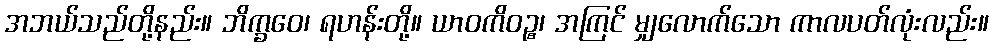
အဘယ်သည်တို့နည်း။ ဘိက္ခဝေ၊ ရဟန်းတို့။ ယာဝကိဝဉ္စ၊ အကြင် မျှလောက်သော ကာလပတ်လုံးလည်း။